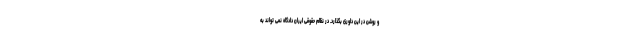
و روشن در این داوری بگذارد. در نظام حقوقی ایران دادگاه نمی تواند به